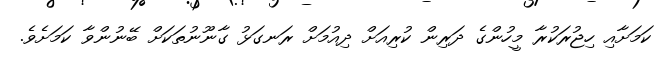
ކަމަށާއި ހިޖުރަކުރާ މީހުންގެ ދަރިން ކުރިއަށް ދިއުމަށް ރަނގަޅު ގާނޫނުތަކަށް ބޭނުންވާ ކަމަށެވެ.